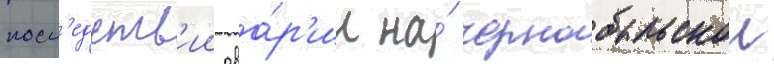
посл'едств'ии ава́р'ии на́ чернобыльскои